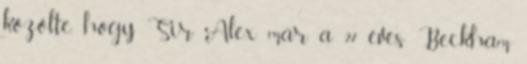
közölte, hogy Sir Alex már a 27 éves Beckham